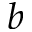
b